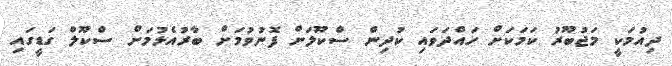
ދިއުމަކީ މަޖުބޫރު ކަމަކަށް ހައްދަވައި ކުދިން ސްކޫލަށް ފޮނުވުމަށް ބާރުއެޅުމަށް ސްކޫލް ގަޑީގައި